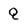
Character: Q